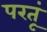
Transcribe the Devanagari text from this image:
परतूं